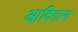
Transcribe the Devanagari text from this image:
आदितारा